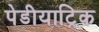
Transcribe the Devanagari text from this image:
पेडीयाट्रिक